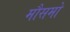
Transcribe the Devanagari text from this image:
मौसमो